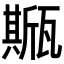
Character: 𤮓